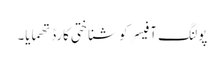
پولنگ آفیسر کو شناختی کارڈ تھمایا۔